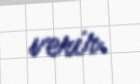
verir.